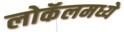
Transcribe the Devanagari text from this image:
लोकॅलमध्ये